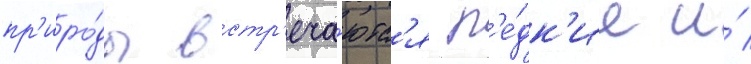
пр'иро́ды встр'еча́ютс'я р'е́дк'ие и́